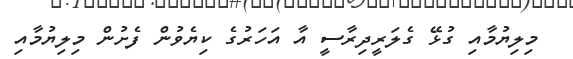
މިލިޔުމާއި ގުޅޭ ގެލަރީދިރާސީ އާ އަހަރުގެ ކިޔެވުން ފެށުން މިލިޔުމާއި